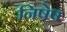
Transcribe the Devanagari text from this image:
निषेष